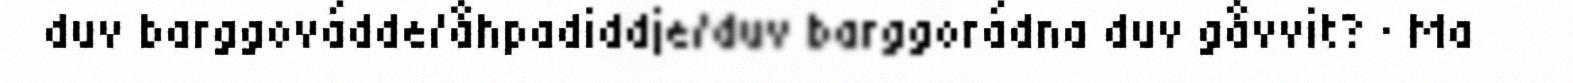
duv barggovádde/åhpadiddje/duv barggorádna duv gåvvit? · Ma